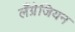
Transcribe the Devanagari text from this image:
लँग्रेजियन